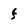
Character: f